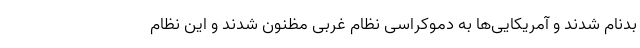
بدنام شدند و آمریکایی‌ها به دموکراسی نظام غربی مظنون شدند و این نظام